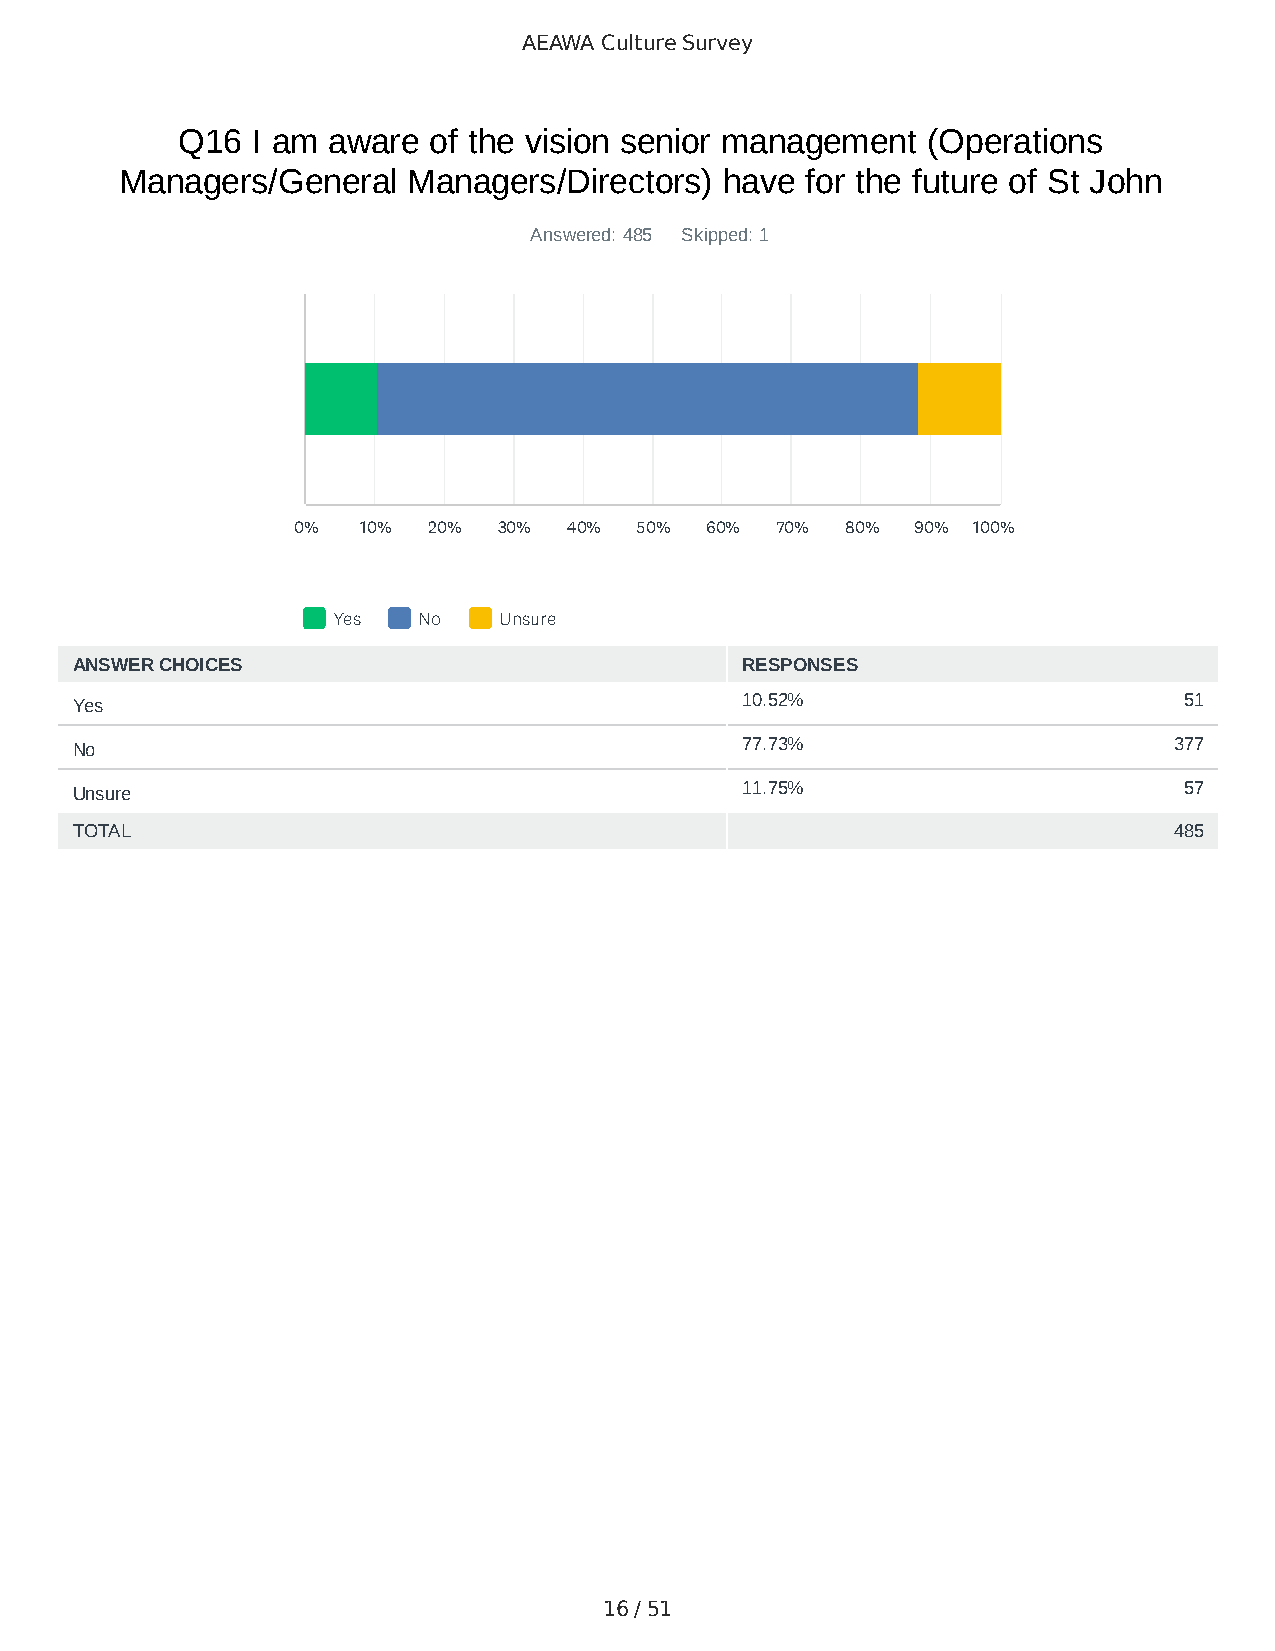
AEAWA Culture Survey
 Q16  I am aware of the vision senior management  (Operations
 Managers/General   Managers/Directors)  have for the future of St John
 Answered: 485 Skipped: 1
 0%   10% 20%  30%  40% 50%  60% 70%  80%  90% 100%
 Yes   No   Unsure
 ANSWER CHOICES                              RESPONSES
 Yes                                         10.52%                       51
 No                                          77.73%                       377
 Unsure                                      11.75%                       57
 TOTAL                                                                    485
 16 / 51